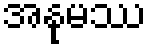
အနုမဿ